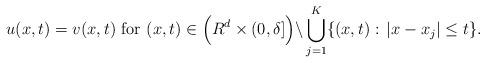
LaTeX: \begin{align*}u(x,t)=v(x,t)\,\,{\rm for}\,\,(x,t)\in \Big(R^d\times (0,\delta]\Big)\backslash \bigcup_{j=1}^{K}\{(x,t):\,|x-x_j|\leq t\}.\end{align*}